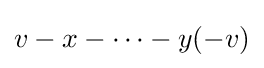
v-x-\cdots -y(-v)